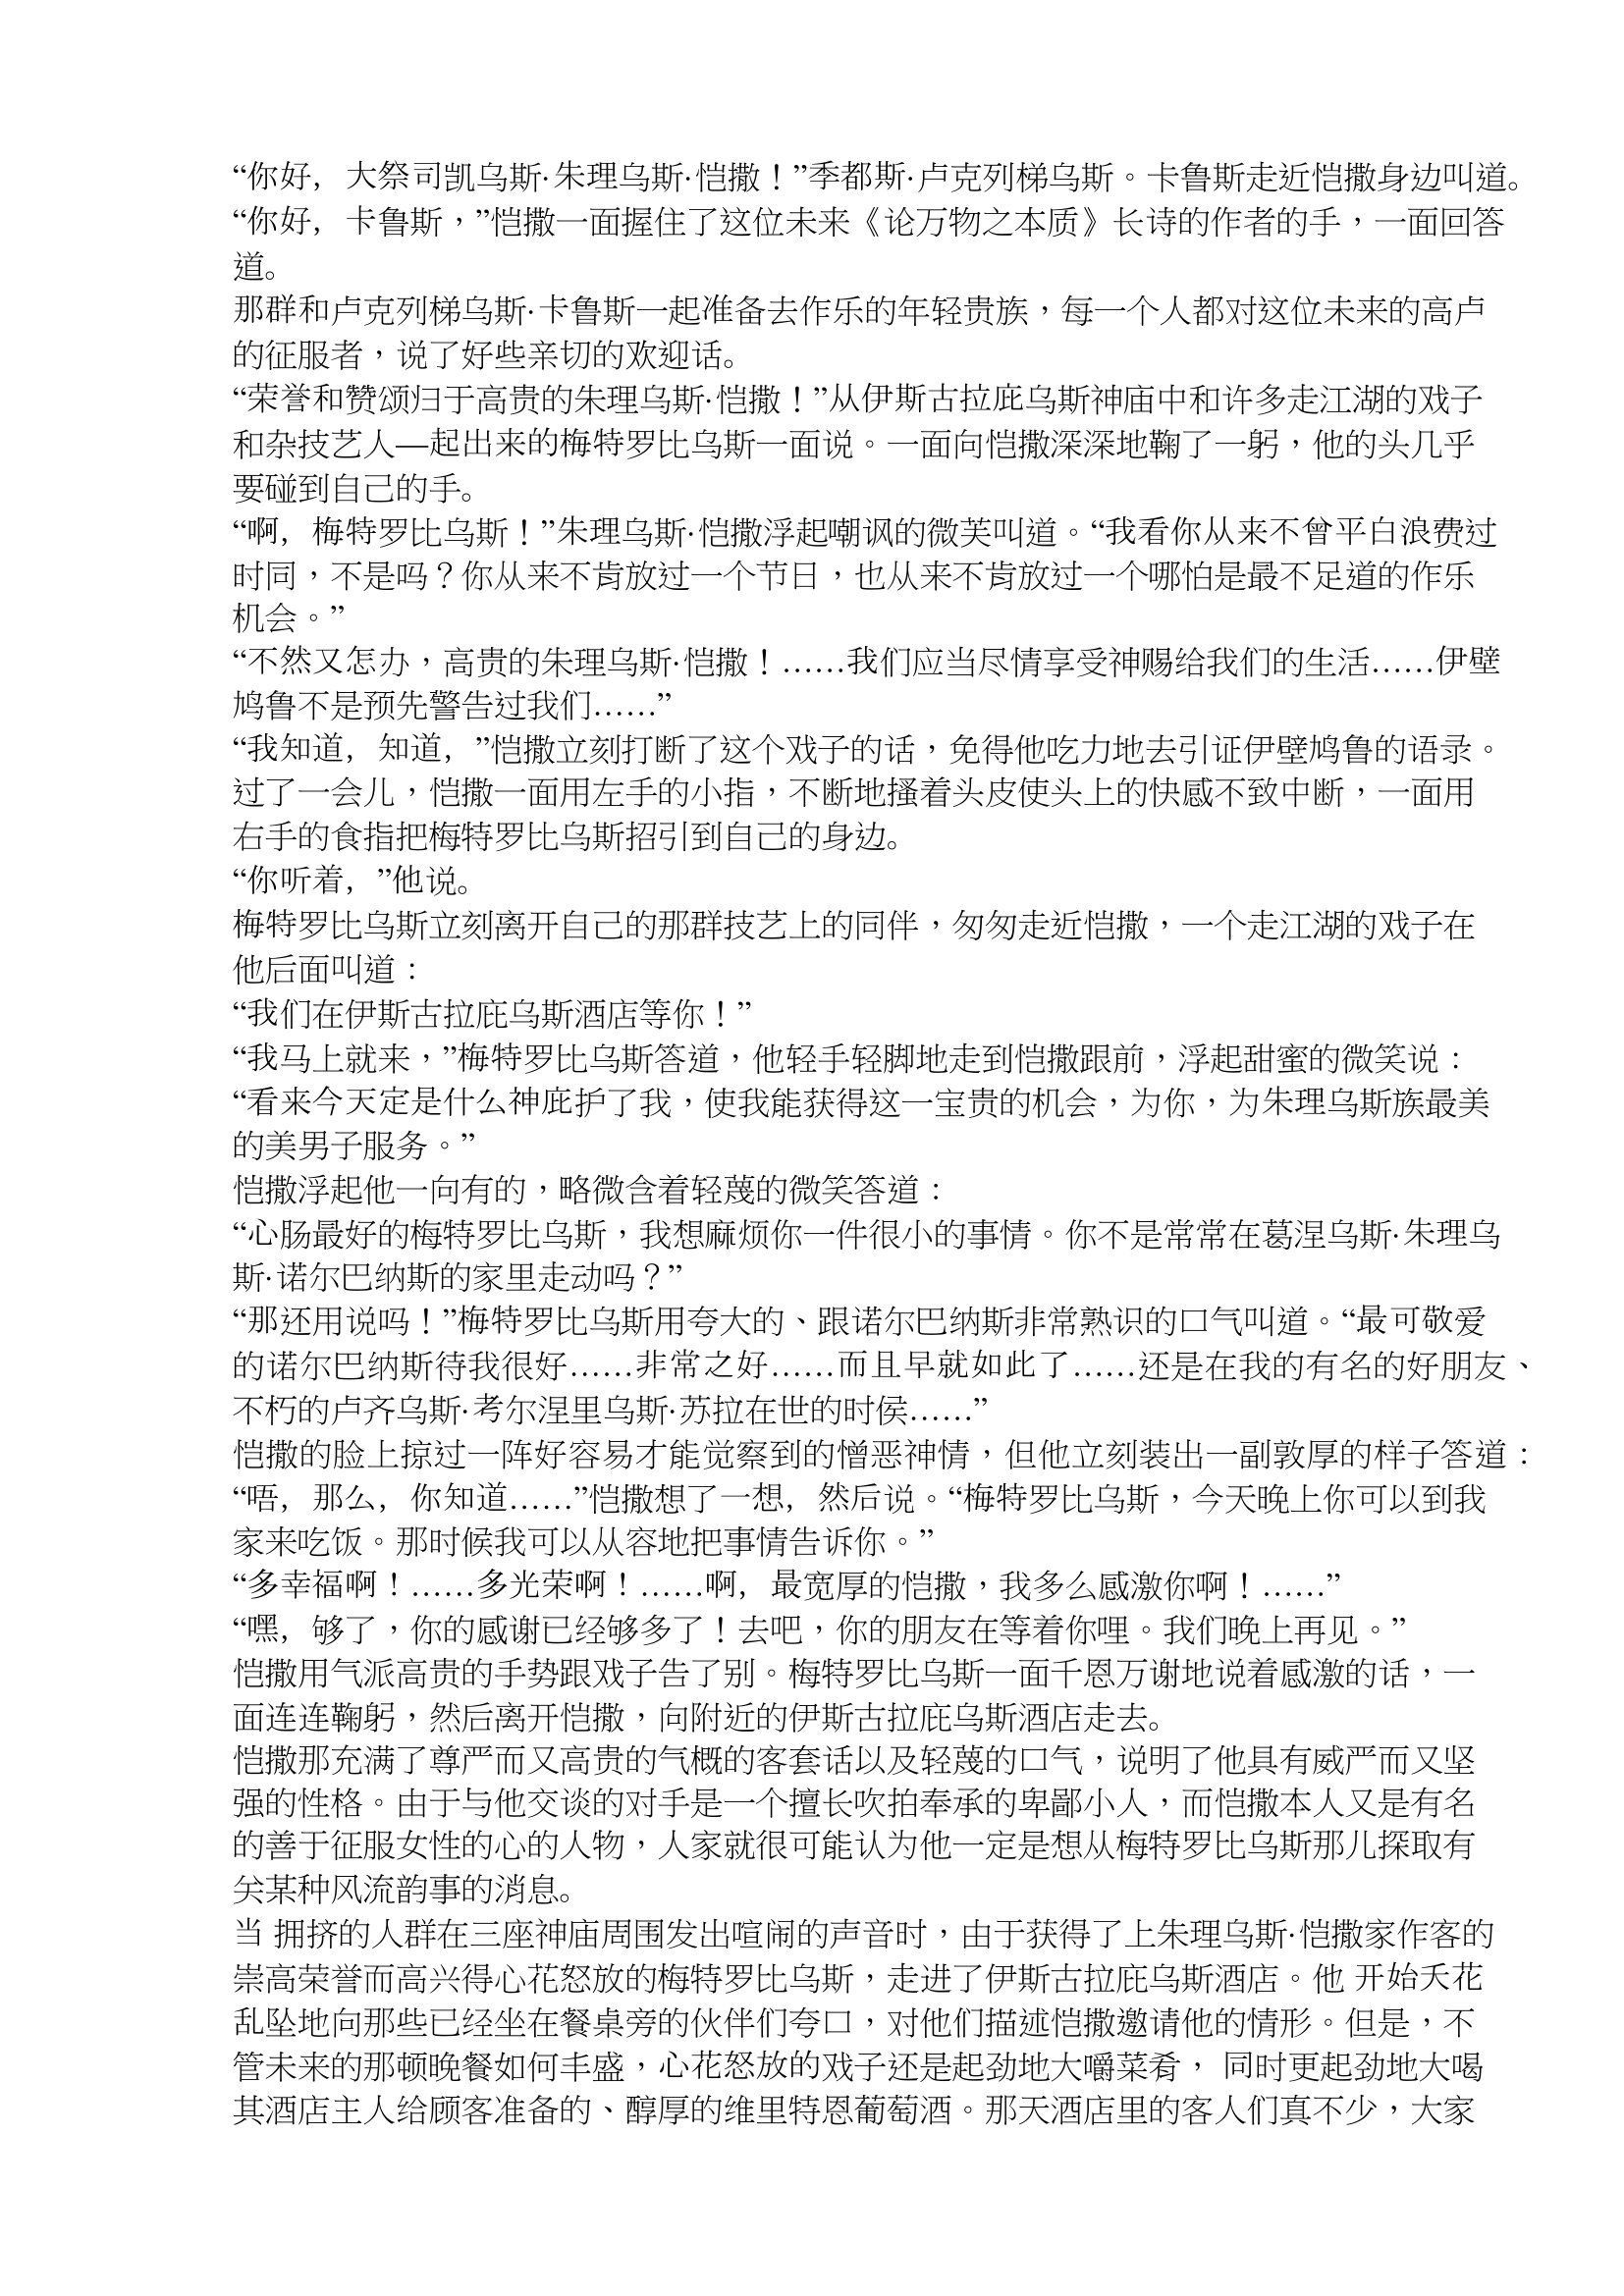
Language: zh